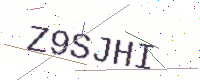
Text: Z9SJHI